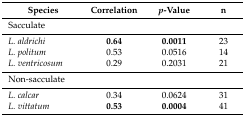
<table><thead><tr><td><b>Species</b></td><td><b>Correlation</b></td><td><b><i>p</i>-Value</b></td><td><b>n</b></td></tr></thead><tbody><tr><td>Sacculate</td><td></td><td></td><td></td></tr><tr><td><i>L. aldrichi</i></td><td><b>0.64</b></td><td><b>0.0011</b></td><td>23</td></tr><tr><td><i>L. politum</i></td><td>0.53</td><td>0.0516</td><td>14</td></tr><tr><td><i>L. ventricosum</i></td><td>0.29</td><td>0.2031</td><td>21</td></tr><tr><td>Non-sacculate</td><td></td><td></td><td></td></tr><tr><td><i>L. calcar</i></td><td>0.34</td><td>0.0624</td><td>31</td></tr><tr><td><i>L. vittatum</i></td><td><b>0.53</b></td><td><b>0.0004</b></td><td>41</td></tr></tbody></table>